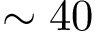
\sim 4 0